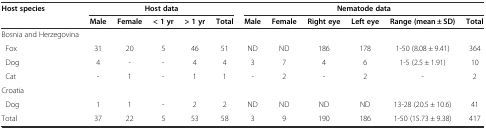
| <ROWSPAN=2> Host species | <COLSPAN=5> Host data | <COLSPAN=6> Nematode data |
 | Male | Female | < 1 yr | > 1 yr | Total | Male | Female | Right eye | Left eye | Range (mean ± SD) | Total |
 | --- | --- | --- | --- | --- | --- | --- | --- | --- | --- | --- | --- |
 | Bosnia and Herzegovina |  |  |  |  |  |  |  |  |  |  |  |
 | Fox | 31 | 20 | 5 | 46 | 51 | ND | ND | 186 | 178 | 1-50 (8.08 ± 9.41) | 364 |
 | Dog | 4 | - | - | 4 | 4 | 3 | 7 | 4 | 6 | 1-5 (2.5 ± 1.91) | 10 |
 | Cat | - | 1 | - | 1 | 1 | - | 2 | - | 2 | - | 2 |
 | Croatia |  |  |  |  |  |  |  |  |  |  |  |
 | Dog | 1 | 1 | - | 2 | 2 | ND | ND | ND | ND | 13-28 (20.5 ± 10.6) | 41 |
 | Total | 37 | 22 | 5 | 53 | 58 | 3 | 9 | 190 | 186 | 1-50 (15.73 ± 9.38) | 417 |